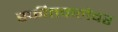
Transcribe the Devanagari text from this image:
स्फीतकलेवर